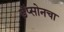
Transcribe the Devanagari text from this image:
डॅप्सोनचा